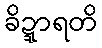
ခိဍ္ဍာရတိ